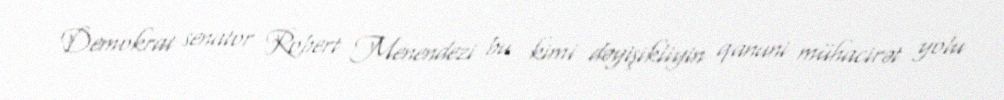
Demokrat senator Robert Menendezi bu kimi dəyişikliyin qanuni mühacirət yolu